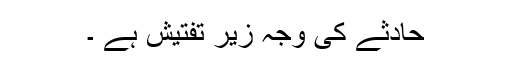
حادثے کی وجہ زیر تفتیش ہے ۔